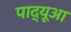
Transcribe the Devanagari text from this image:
पाद्यूआ